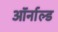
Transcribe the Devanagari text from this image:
ऑर्नाल्ड